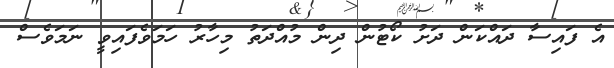
އެ ފައިސާ ދައްކަން ދަށު ކޯޓުން ދިން މުއްދަތު މިހާރު ހަމަވެފައިވީ ނަމަވެސް